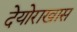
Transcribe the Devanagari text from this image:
देयोराखास